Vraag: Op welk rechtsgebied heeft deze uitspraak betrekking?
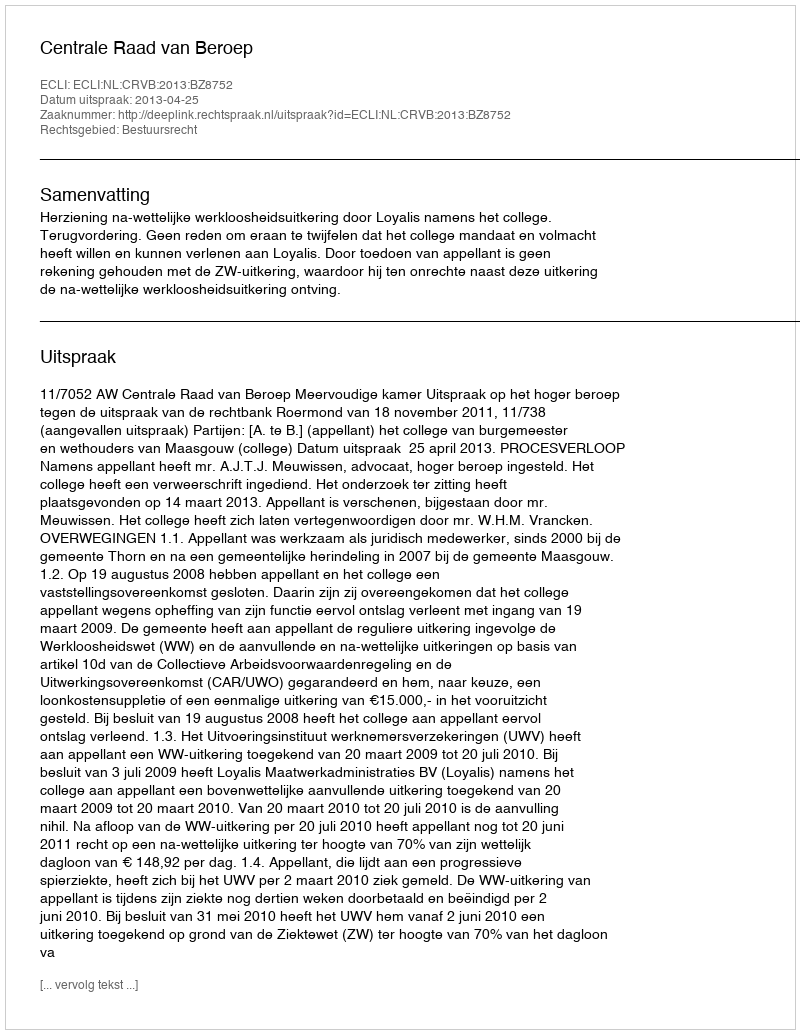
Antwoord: Bestuursrecht